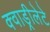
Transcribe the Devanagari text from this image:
क्वाड्रीलेटे